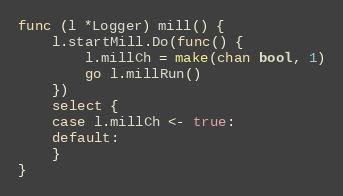
Language: Go
func (l *Logger) mill() {
	l.startMill.Do(func() {
		l.millCh = make(chan bool, 1)
		go l.millRun()
	})
	select {
	case l.millCh <- true:
	default:
	}
}